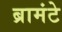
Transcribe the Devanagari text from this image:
ब्रामंटे